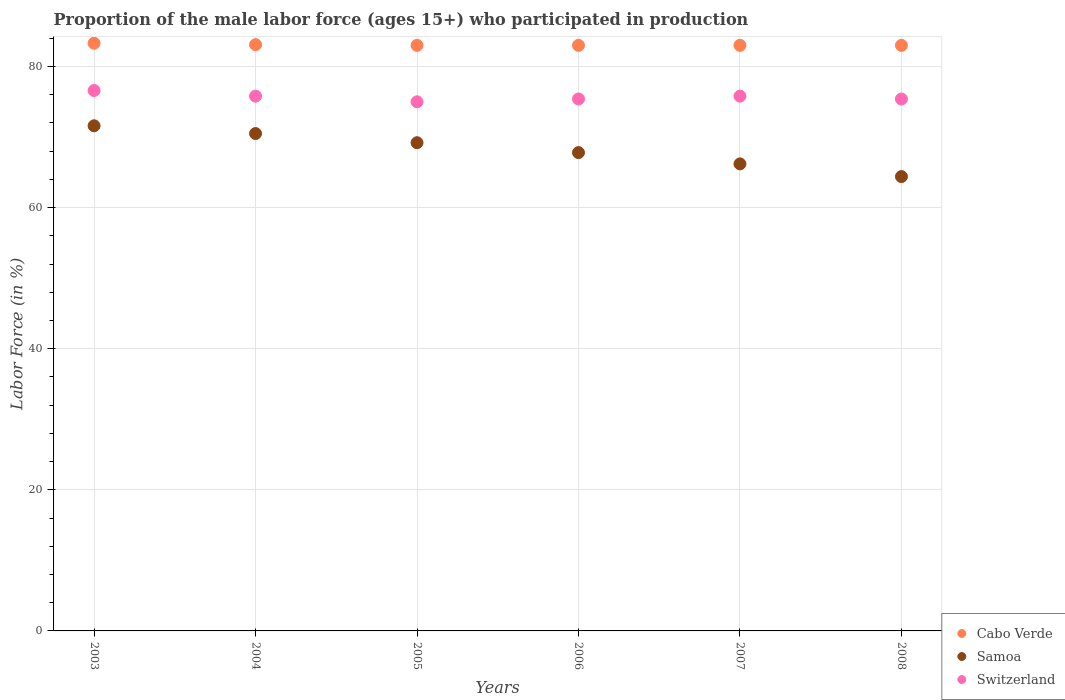
| Years | Cabo Verde | Samoa | Switzerland |
 | --- | --- | --- | --- |
 | 2003 | 83.3 | 71.6 | 76.6 |
 | 2004 | 83.1 | 70.5 | 75.8 |
 | 2005 | 83 | 69.2 | 75 |
 | 2006 | 83 | 67.8 | 75.4 |
 | 2007 | 83 | 66.2 | 75.8 |
 | 2008 | 83 | 64.4 | 75.4 |